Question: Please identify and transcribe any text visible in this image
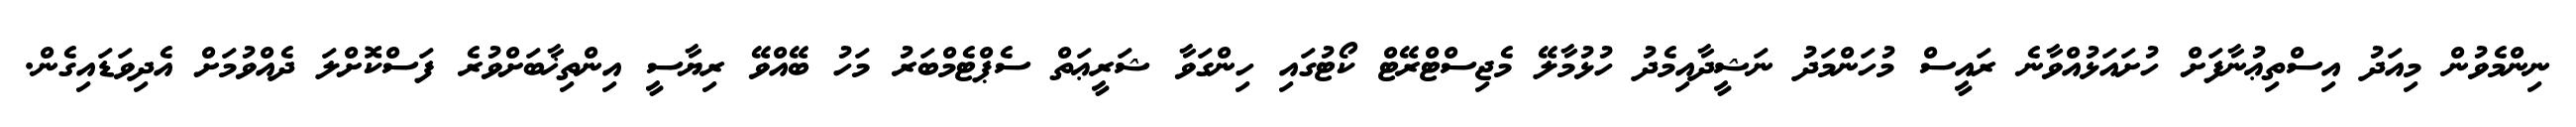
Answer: ނިންމެވުން މިއަދު އިސްތިޢުނާފަށް ހުށައަޅުއްވާނެ ރައީސް މުހަންމަދު ނަޝީދާއިމެދު ހުޅުމާލޭ މެޖިސްޓްރޭޓް ކޯޓުގައި ހިންގަވާ ޝަރީޢަތް ސެޕްޓެމްބަރު މަހު ބޭއްވޭ ރިޔާސީ އިންތިޚާބަށްވުރެ ފަސްކޮށްލަ ދެއްވުމަށް އެދިވަޑައިގެން.